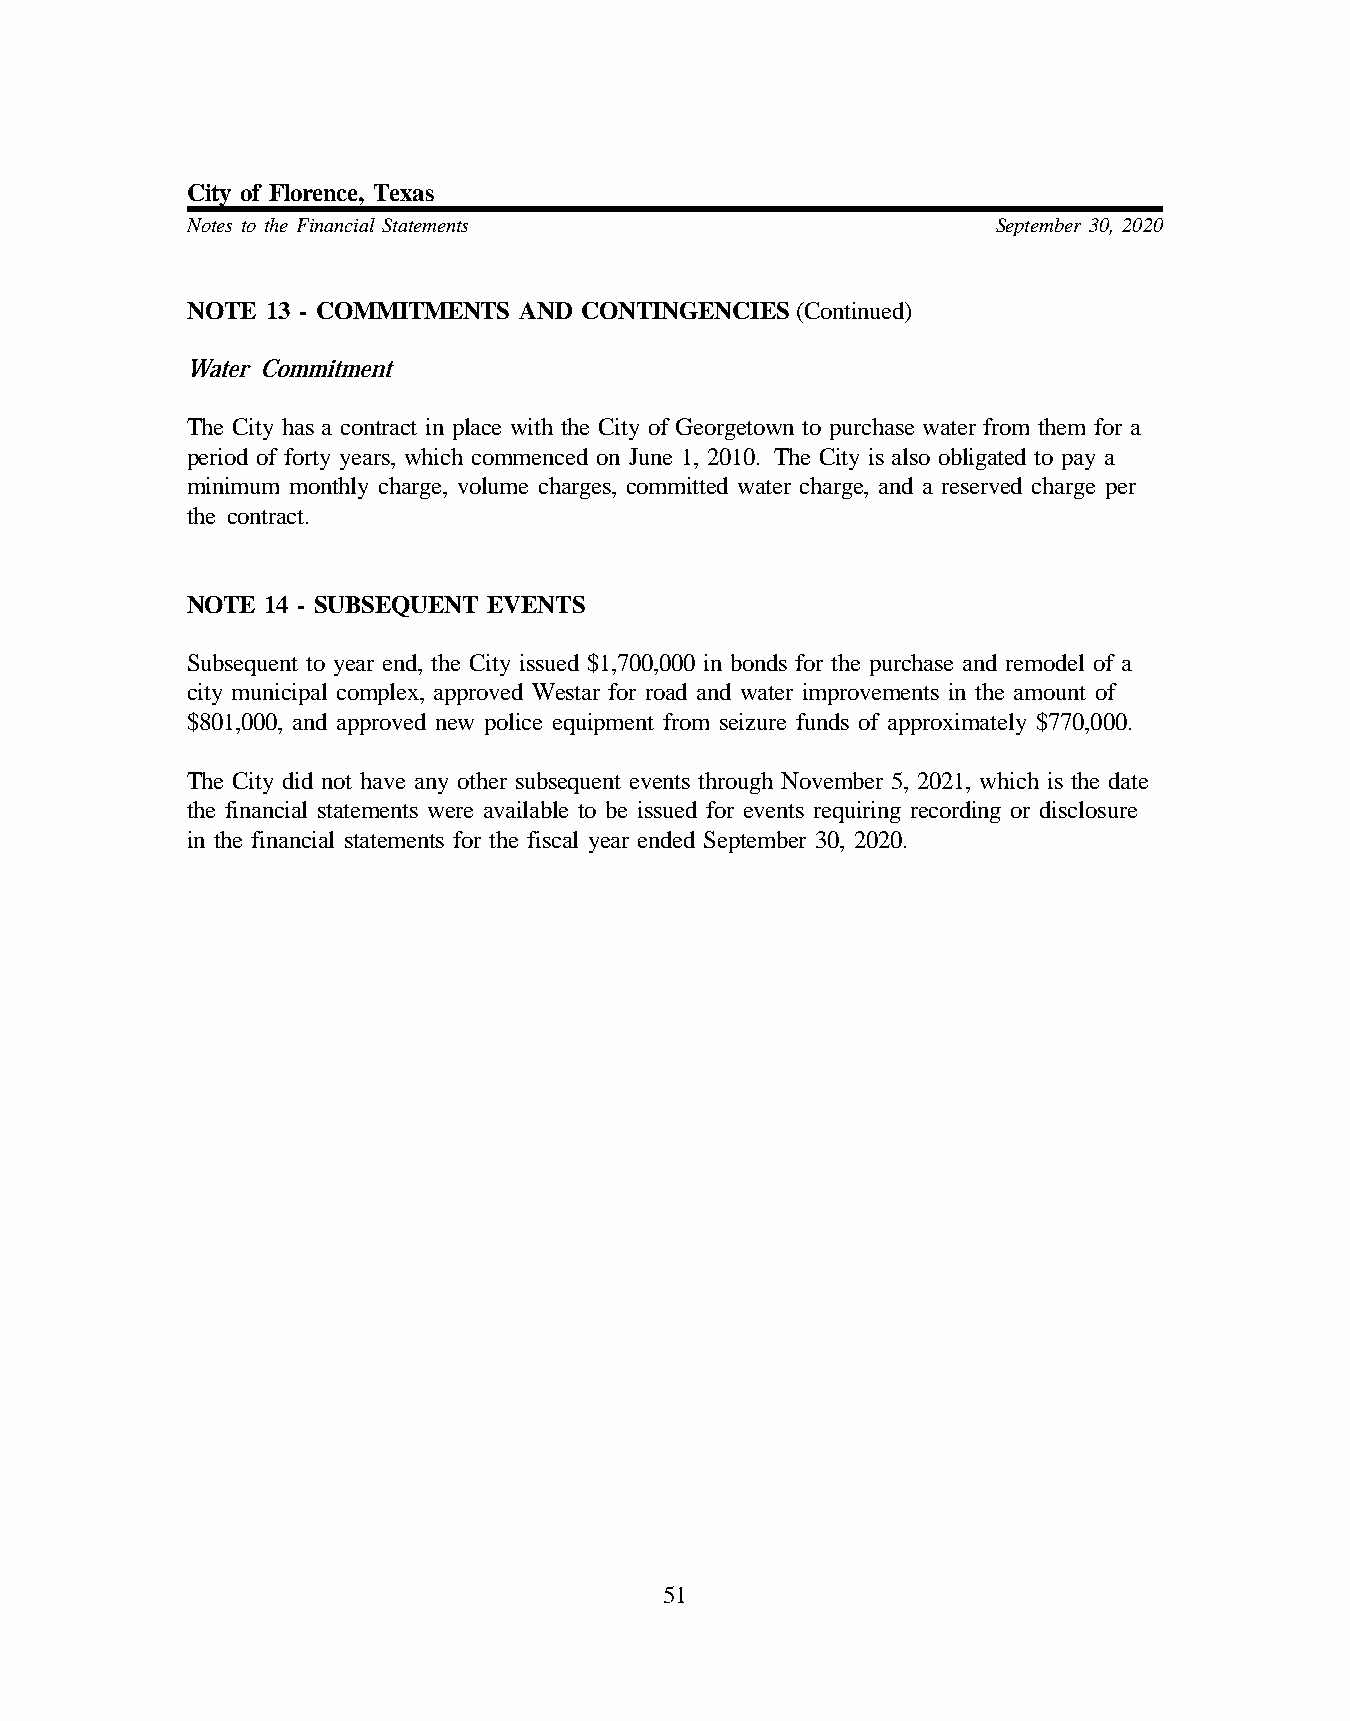
City of Florence, Texas
 Notes to the Financial Statements                     September 30, 2020
 NOTE  13 - COMMITMENTS AND CONTINGENCIES (Continued)
 Water Commitment
 The City has a contract in place with the City of Georgetown to purchase water from them for a
 period of forty years, which commenced on June 1, 2010. The City is also obligated to pay a
 minimum monthly charge, volume charges, committed water charge, and a reserved charge per
 the contract.
 NOTE  14 - SUBSEQUENT EVENTS
 Subsequent to year end, the City issued $1,700,000 in bonds for the purchase and remodel of a
 city municipal complex, approved Westar for road and water improvements in the amount of
 $801,000, and approved new police equipment from seizure funds of approximately $770,000.
 The City did not have any other subsequent events through November 5, 2021, which is the date
 the financial statements were available to be issued for events requiring recording or disclosure
 in the financial statements for the fiscal year ended September 30, 2020.
 51